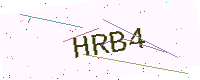
Text: HRB4